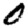
Digit: 0